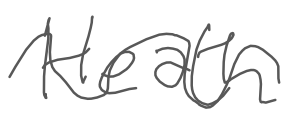
Text: Heath
Cross-out: wave
Writing tool: digital_gray